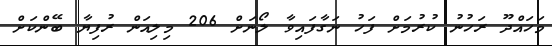
މަހައްދޫ ރަހުނު ކުރުމަށް ފަހު ނަގާފައިވާ ލޯނަށް 206 މިލިއަން ރުފިޔާ ބޭންކަށް